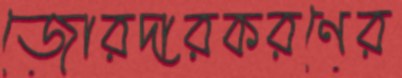
জোরদারকরণের